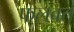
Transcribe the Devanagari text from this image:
फलवत्